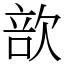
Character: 㰴